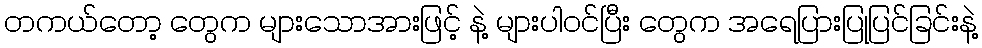
တကယ်တော့ တွေက များသောအားဖြင့် နဲ့ များပါဝင်ပြီး တွေက အရေပြားပြုပြင်ခြင်းနဲ့